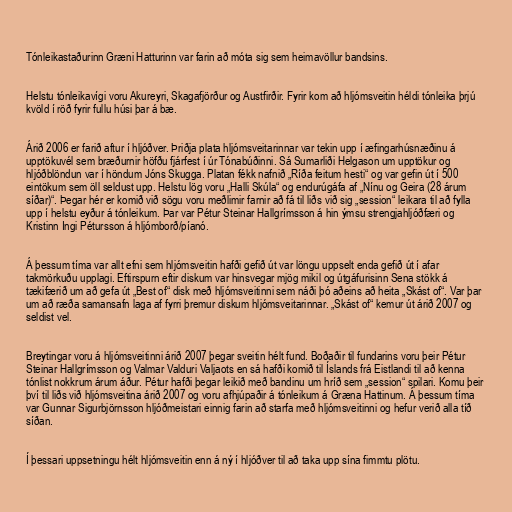
Tónleikastaðurinn Græni Hatturinn var farin að móta sig sem heimavöllur bandsins.

Helstu tónleikavígi voru Akureyri, Skagafjörður og Austfirðir. Fyrir kom að hljómsveitin héldi tónleika þrjú
kvöld í röð fyrir fullu húsi þar á bæ.

Árið 2006 er farið aftur í hljóðver. Þriðja plata hljómsveitarinnar var tekin upp í æfingarhúsnæðinu á
upptökuvél sem bræðurnir höfðu fjárfest í úr Tónabúðinni. Sá Sumarliði Helgason um upptökur og
hljóðblöndun var í höndum Jóns Skugga. Platan fékk nafnið „Ríða feitum hesti“ og var gefin út í 500
eintökum sem öll seldust upp. Helstu lög voru „Halli Skúla“ og endurúgáfa af „Nínu og Geira (28 árum
síðar)“. Þegar hér er komið við sögu voru meðlimir farnir að fá til liðs við sig „session“ leikara til að fylla
upp í helstu eyður á tónleikum. Þar var Pétur Steinar Hallgrímsson á hin ýmsu strengjahljóðfæri og
Kristinn Ingi Pétursson á hljómborð/píanó.

Á þessum tíma var allt efni sem hljómsveitin hafði gefið út var löngu uppselt enda gefið út í afar
takmörkuðu upplagi. Eftirspurn eftir diskum var hinsvegar mjög mikil og útgáfurisinn Sena stökk á
tækifærið um að gefa út „Best of“ disk með hljómsveitinni sem náði þó aðeins að heita „Skást of“. Var þar
um að ræða samansafn laga af fyrri þremur diskum hljómsveitarinnar. „Skást of“ kemur út árið 2007 og
seldist vel.

Breytingar voru á hljómsveitinni árið 2007 þegar sveitin hélt fund. Boðaðir til fundarins voru þeir Pétur
Steinar Hallgrímsson og Valmar Valduri Valjaots en sá hafði komið til Íslands frá Eistlandi til að kenna
tónlist nokkrum árum áður. Pétur hafði þegar leikið með bandinu um hríð sem „session“ spilari. Komu þeir
því til liðs við hljómsveitina árið 2007 og voru afhjúpaðir á tónleikum á Græna Hattinum. Á þessum tíma
var Gunnar Sigurbjörnsson hljóðmeistari einnig farin að starfa með hljómsveitinni og hefur verið alla tíð
síðan.

Í þessari uppsetningu hélt hljómsveitin enn á ný í hljóðver til að taka upp sína fimmtu plötu.